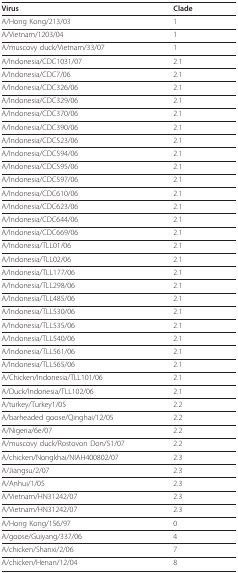
<table><thead><tr><td><b>Virus</b></td><td><b>Clade</b></td></tr></thead><tbody><tr><td>A/Hong Kong/213/03</td><td>1</td></tr><tr><td>A/Vietnam/1203/04</td><td>1</td></tr><tr><td>A/muscovy duck/Vietnam/33/07</td><td>1</td></tr><tr><td>A/Indonesia/CDC1031/07</td><td>2.1</td></tr><tr><td>A/Indonesia/CDC7/06</td><td>2.1</td></tr><tr><td>A/Indonesia/CDC326/06</td><td>2.1</td></tr><tr><td>A/Indonesia/CDC329/06</td><td>2.1</td></tr><tr><td>A/Indonesia/CDC370/06</td><td>2.1</td></tr><tr><td>A/Indonesia/CDC390/06</td><td>2.1</td></tr><tr><td>A/Indonesia/CDC523/06</td><td>2.1</td></tr><tr><td>A/Indonesia/CDC594/06</td><td>2.1</td></tr><tr><td>A/Indonesia/CDC595/06</td><td>2.1</td></tr><tr><td>A/Indonesia/CDC597/06</td><td>2.1</td></tr><tr><td>A/Indonesia/CDC610/06</td><td>2.1</td></tr><tr><td>A/Indonesia/CDC623/06</td><td>2.1</td></tr><tr><td>A/Indonesia/CDC644/06</td><td>2.1</td></tr><tr><td>A/Indonesia/CDC669/06</td><td>2.1</td></tr><tr><td>A/Indonesia/TLL01/06</td><td>2.1</td></tr><tr><td>A/Indonesia/TLL02/06</td><td>2.1</td></tr><tr><td>A/Indonesia/TLL177/06</td><td>2.1</td></tr><tr><td>A/Indonesia/TLL298/06</td><td>2.1</td></tr><tr><td>A/Indonesia/TLL485/06</td><td>2.1</td></tr><tr><td>A/Indonesia/TLL530/06</td><td>2.1</td></tr><tr><td>A/Indonesia/TLL535/06</td><td>2.1</td></tr><tr><td>A/Indonesia/TLL540/06</td><td>2.1</td></tr><tr><td>A/Indonesia/TLL561/06</td><td>2.1</td></tr><tr><td>A/Indonesia/TLL565/06</td><td>2.1</td></tr><tr><td>A/Chicken/Indonesia/TLL101/06</td><td>2.1</td></tr><tr><td>A/Duck/Indonesia/TLL102/06</td><td>2.1</td></tr><tr><td>A/turkey/Turkey1/05</td><td>2.2</td></tr><tr><td>A/barheaded goose/Qinghai/12/05</td><td>2.2</td></tr><tr><td>A/Nigeria/6e/07</td><td>2.2</td></tr><tr><td>A/muscovy duck/Rostovon Don/51/07</td><td>2.2</td></tr><tr><td>A/chicken/Nongkhai/NIAH400802/07</td><td>2.3</td></tr><tr><td>A/Jiangsu/2/07</td><td>2.3</td></tr><tr><td>A/Anhui/1/05</td><td>2.3</td></tr><tr><td>A/Vietnam/HN31242/07</td><td>2.3</td></tr><tr><td>A/Vietnam/HN31242/07</td><td>2.3</td></tr><tr><td>A/Hong Kong/156/97</td><td>0</td></tr><tr><td>A/goose/Guiyang/337/06</td><td>4</td></tr><tr><td>A/chicken/Shanxi/2/06</td><td>7</td></tr><tr><td>A/chicken/Henan/12/04</td><td>8</td></tr></tbody></table>